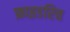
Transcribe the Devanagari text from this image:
फ्राइडरिच